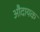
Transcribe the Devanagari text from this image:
औदायक